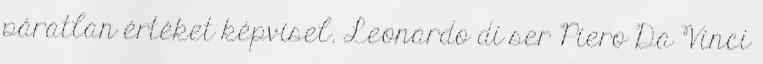
páratlan értéket képvisel. Leonardo di ser Piero Da Vinci